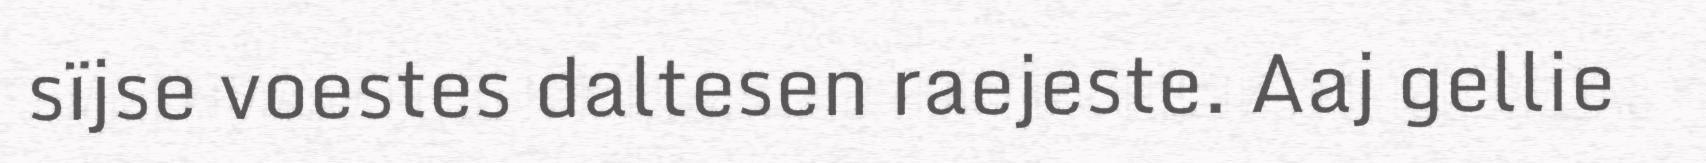
sïjse voestes daltesen raejeste. Aaj gellie